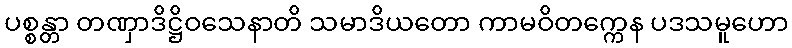
ပစ္စန္တာ တဏှာဒိဋ္ဌိဝသေနာတိ သမာဒိယတော ကာမဝိတက္ကေန ပဒသမူဟော